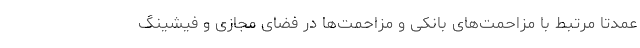
عمدتا مرتبط با مزاحمت‌های بانکی و مزاحمت‌ها در فضای مجازی و فیشینگ